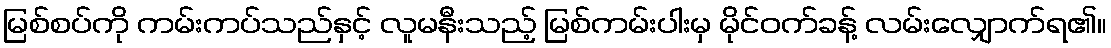
မြစ်စပ်ကို ကမ်းကပ်သည်နှင့် လူမနီးသည့် မြစ်ကမ်းပါးမှ မိုင်ဝက်ခန့် လမ်းလျှောက်ရ၏။